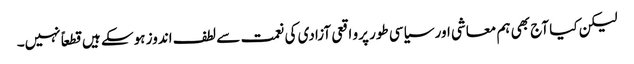
لیکن کیا آج بھی ہم معاشی اور سیاسی طور پرو اقعی آزادی کی نعمت سے لطف اندوز ہوسکے ہیں قطعاً نہیں۔